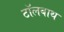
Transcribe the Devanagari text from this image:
टॉलबाथ